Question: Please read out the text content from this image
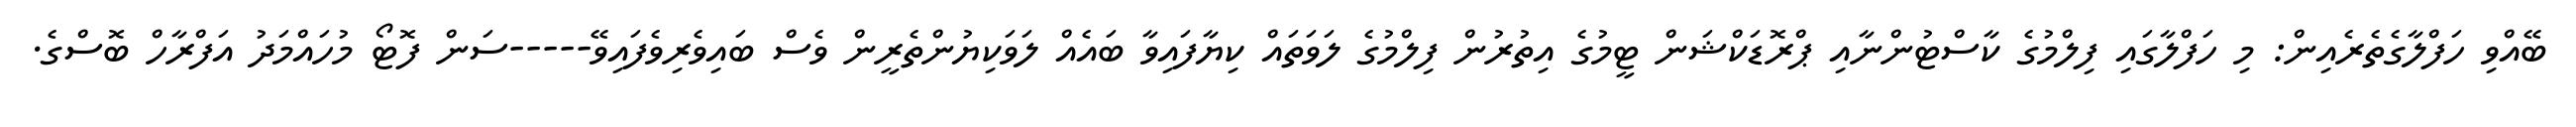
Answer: ބޭއްވި ހަފްލާގެތެރެއިން: މި ހަފްލާގައި ފިލްމުގެ ކާސްޓުންނާއި ޕްރޮޑަކްޝަން ޓީމުގެ އިތުރުން ފިލްމުގެ ލަވަތައް ކިޔާފައިވާ ބައެއް ލަވަކިޔުންތެރީން ވެސް ބައިވެރިވެފައިވޭ-----ސަން ފޮޓޯ މުހައްމަދު އަފްރާހް ބޮސްގެ.